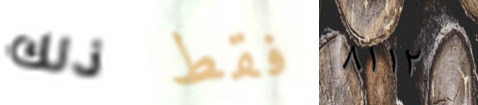
ذلك فقط ٨١١٢